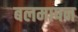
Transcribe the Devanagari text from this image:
बलमापन